Calcutta medical institutions reports 1871-78
Year: 1871
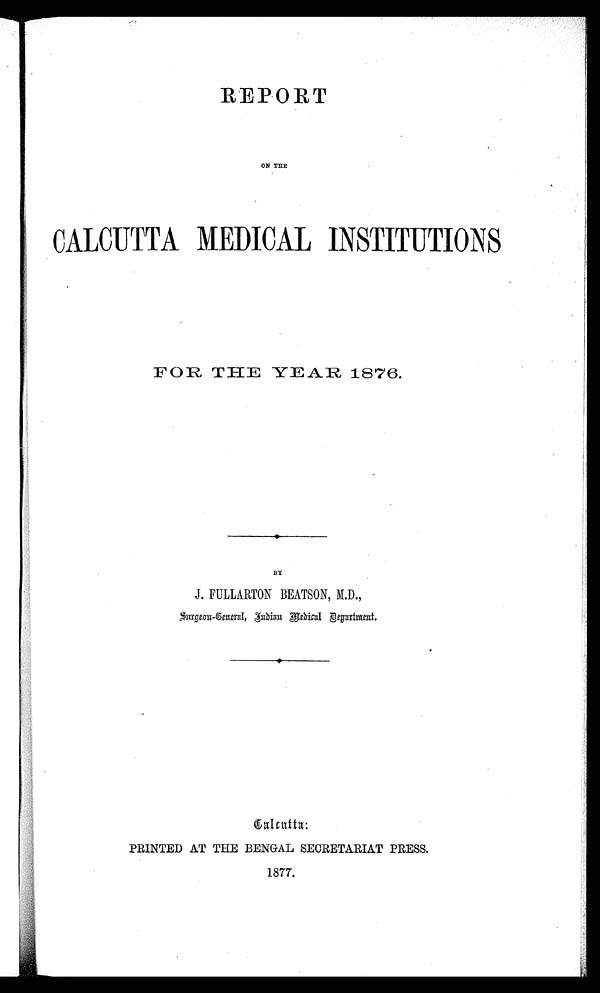
REPORT
ON THE
CALCUTTA MEDICAL INSTITUTIONS
FOR THE YEAR 1876.
BY
J. FULLARTON BEATSON, M.D.,
Surgeon-General, Indian
Medical Department.
Calcutta:
PRINTED AT THE BENGAL SECRETARIAT PRESS.
1877.